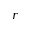
r